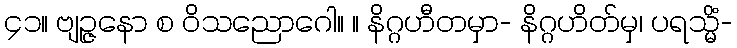
၄၁။ ဗျဉ္ဇနော စ ဝိသညောဂေါ။ ။ နိဂ္ဂဟီတမှာ- နိဂ္ဂဟိတ်မှ၊ ပရသ္မိံ-